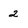
Character: 2